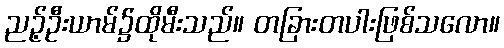
ညဉ့်ဦးယာမ်၌ထိုမီးသည်။ တခြားတပါးဖြစ်သလော။